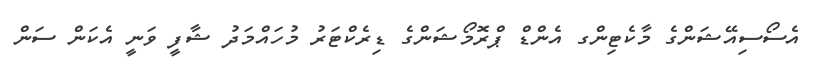
އެސޯސިއޭޝަންގެ މާކެޓިންގ އެންޑް ޕްރޮމޯޝަންގެ ޑިރެކްޓަރު މުހައްމަދު ޝާފީ ވަނީ އެކަން ސަން